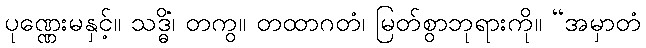
ပုဏ္ဏေးမနှင့်။ သဒ္ဓိံ၊ တကွ။ တထာဂတံ၊ မြတ်စွာဘုရားကို။ “အမှာတံ